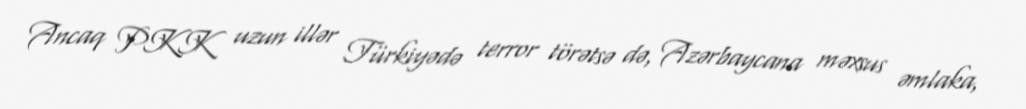
Ancaq PKK uzun illər Türkiyədə terror törətsə də, Azərbaycana məxsus əmlaka,